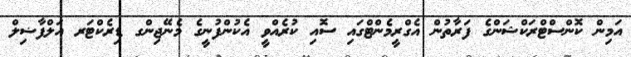
އަމިން ކޮންސްޓްރަކްޝަންގެ ފަރާތުން އެގްރީމެންޓްގައި ސޮއި ކުރެއްވީ އެކުންފުނީގެ މެނޭޖިންގ ޑިރެކްޓަރ އަލްފާޟިލް